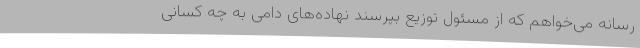
رسانه می‌خواهم که از مسئول توزیع بپرسند نهاده‌های دامی به چه کسانی